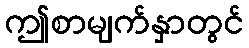
ဤစာမျက်နှာတွင်